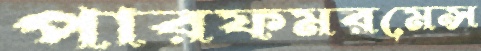
পারফমরমেন্স